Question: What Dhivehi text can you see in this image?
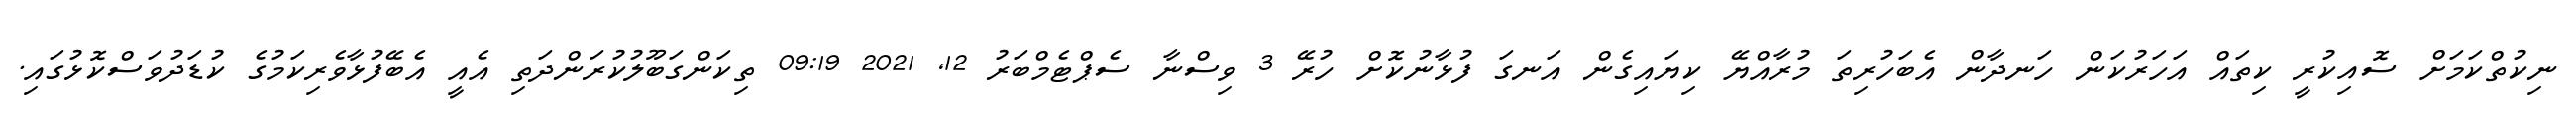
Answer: ނިކުތްކަމަށް ސޮއިކުރީ ކިތައް އަހަރުކަން ހަނދާން އެބަހުރިތަ މުރާއްޔޭ ކިޔައިގެން އަނގަ ފުޅާނުކޮށް ހުރޭ 3 ވިސްނާ ސެޕްޓެމްބަރު 12, 2021 09:19 ތިކަންގަބޫލުކުރަންދަތި އެއީ އެބޭފުޅާވެރިކަމުގެ ކުޑަދުވަސްކޮޅުގައި.